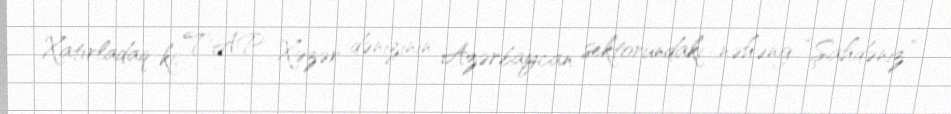
Xatırladaq ki, TAP Xəzər dənizinin Azərbaycan sektorundakı nəhəng “Şahdəniz”